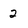
Character: 2